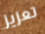
تعزيز